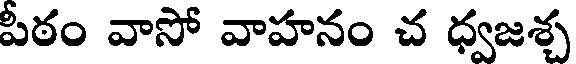
పీఠం వాసో వాహనం చ ధ్వజశ్చ